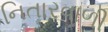
નિતારવાળી